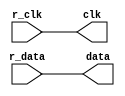
module LVCMOS_buffer(
    input r_clk,
    input r_data,
    output wire clk,
    output wire data
);

assign clk = r_clk;
assign data = r_data;

endmodule